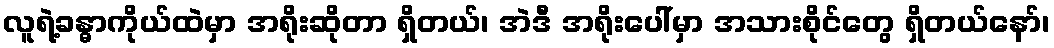
လူရဲ့ခန္ဓာကိုယ်ထဲမှာ အရိုးဆိုတာ ရှိတယ်၊ အဲဒီ အရိုးပေါ်မှာ အသားစိုင်တွေ ရှိတယ်နော်၊